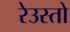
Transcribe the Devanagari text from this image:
रेउस्तो